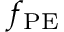
f _ { \mathrm { P E } }